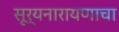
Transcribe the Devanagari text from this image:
सूर्यनारायणाचा